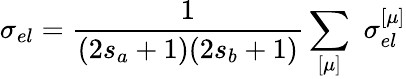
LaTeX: \sigma_{el}=\frac{1}{(2s_{a}+1)(2s_{b}+1)}\sum_{[\mu]}\, \, \sigma_{el}^{[\mu]}